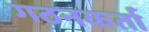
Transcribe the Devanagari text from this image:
गठनकर्ता